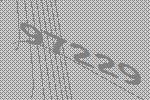
97229